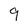
Character: 9